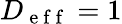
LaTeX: D_{\mathrm{~e~f~f~}}=1